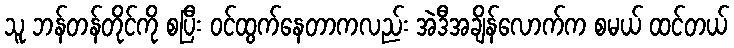
သူ ဘန်တန်တိုင်ကို စပြီး ဝင်ထွက်နေတာကလည်း အဲဒီအချိန်လောက်က စမယ် ထင်တယ်